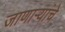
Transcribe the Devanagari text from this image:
जाणाऱ्यांचे